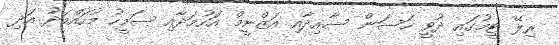
ރިލޭ ޓީމުގައި ދުވީ ހަސަން ސާއިދާއި އަޒްނީމް އަހުމަދާއި ސަމީހު މުހައްމަދު އަދި